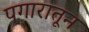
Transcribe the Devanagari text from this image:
पगारातून